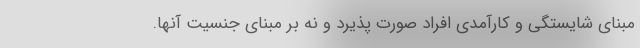
مبنای شایستگی و کارآمدی افراد صورت پذیرد و نه بر مبنای جنسیت آنها.